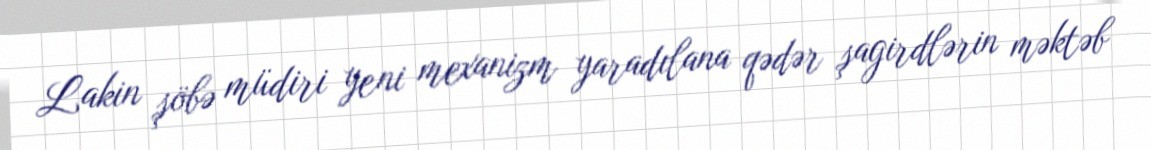
Lakin şöbə müdiri yeni mexanizm yaradılana qədər şagirdlərin məktəb